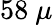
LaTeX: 58~\mu